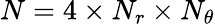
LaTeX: N=4\times N_{r}\times N_{\theta}